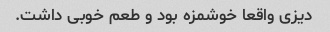
دیزی‌ واقعا خوشمزه بود و طعم خوبی داشت.